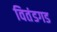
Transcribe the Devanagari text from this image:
वितंडगड